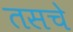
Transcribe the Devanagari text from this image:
तसचे